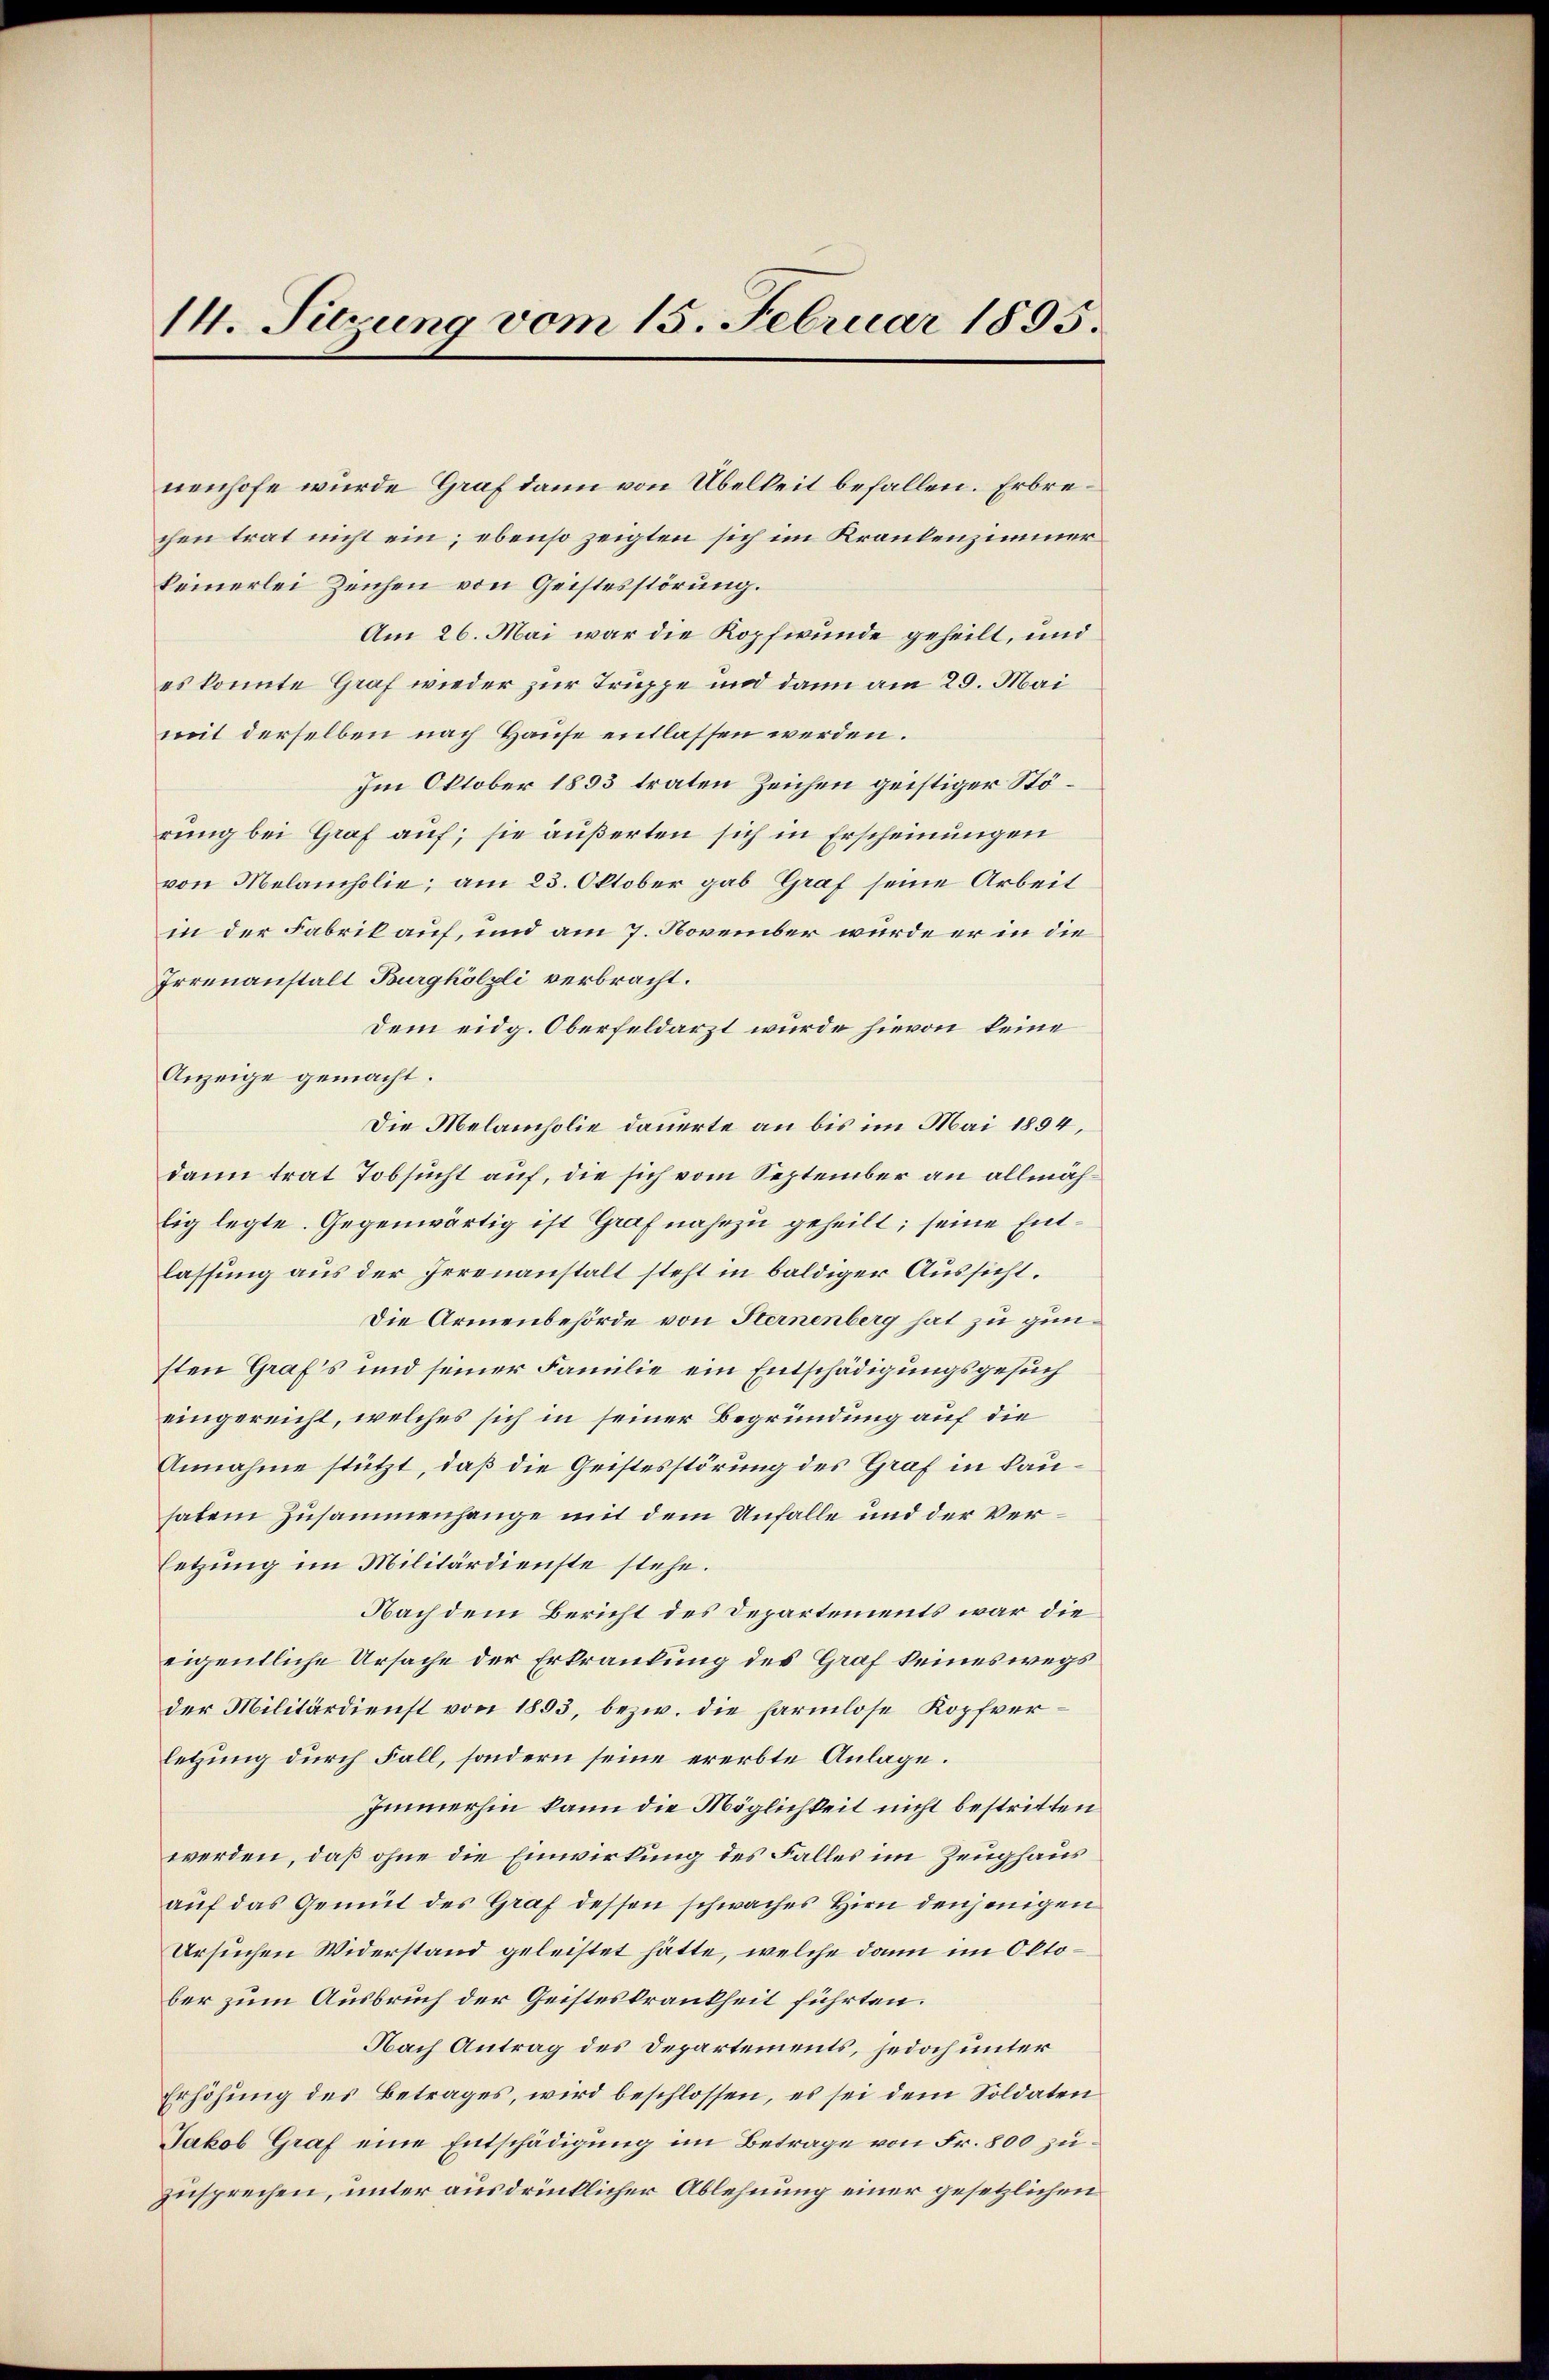
14. Sierung vom 15. Februar 1895.

nenhofe wurde Graf dann von Übelkeit befallen. Erbrechen trat nicht ein; ebenso zeigten sich im Krankenzimmer
keinerlei Zeichen von Geistesstörung.
Am 26. Mai war die Kopfwunde geheilt, und
es konnte Graf wieder zur Truppe und dann am 29. Mai
mit derselben nach Hause entlassen werden.
Im Oktober 1833 traten Zeichen geistiger Störung bei Graf auf; sie äußerten sich in Erscheinungen
von Melancholie; am 23. Oktober gab Graf seine Arbeit
in der Fabrik auf, und am 7. November wurde er in die
Irrenanstalt Burghölzli verbracht.
Dem eidg. Oberfeldarzt wurde hievon keine
Anzeige gemacht.
Die Melancholie dauerte an bis im Mai 1894,
dann trat Tobsucht auf, die sich vom September an allmählig legte. Gegenwärtig ist Graf nahezu geheilt; seine Entlassung aus der Irrenanstalt steht in baldiger Aussicht.
Die Armenbehörde von Sternenberg hat zu gunsten Graf’s und seiner Familie ein Entschädigungsgesuch
eingereicht, welches sich in seiner Begründung auf die
Annahme stützt, daß die Geistesstörung des Graf in kauhaten Zusammenhange mit dem Unfalle und der Versetzung im Militärdienste stehe.
Nach dem Bericht des Departements war die
eigentliche Ursache der Erkrankung des Graf keineswegs
der Militärdienst von 1893, bezw. die harmlose Kopfver
letzung durch Fall, sondern seine ererbte Anlage.
Immerhin kann die Möglichkeit nicht bestritten
werden, daß ohne die Einwirkung des Falles im Zeughaus
auf das Gemüt des Graf dessen schwaches Hirn denjenigen
Ursuchen Widerstand geleistet hätte, welche dann im Oktober zum Ausbruch der Geisteskrankheit führten.
Nach Antrag des Departements, jedoch unter
Erhöhung des Betrages, wird beschlossen, es sei dem Soldaten
Jakob Graf eine Entschädigung im Betrage von Fr. 800 zuzusprechen, unter ausdrücklicher Ablehnung einer gesetzlichen